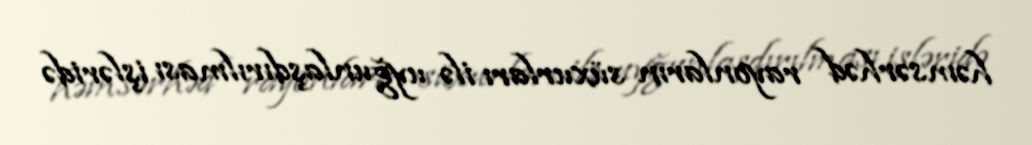
həmsərhəd rayonların süxurları ilə uyğunlaşdırılması işləridə